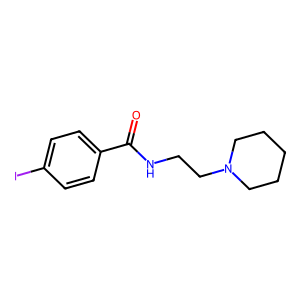
SMILES: O=C(NCCN1CCCCC1)c1ccc(I)cc1
Inhibits HIV replication: No